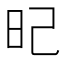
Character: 𣅗